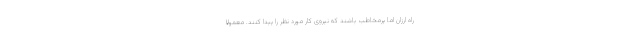
راه ارزان اما پرمخاطب باشند که نیروی کار مورد نظر را پیدا کنند. معمولا